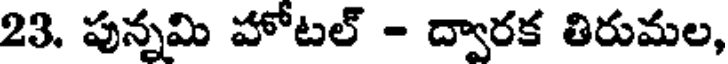
23. పున్నమి హోటల్ - ద్వారక తిరుమల,